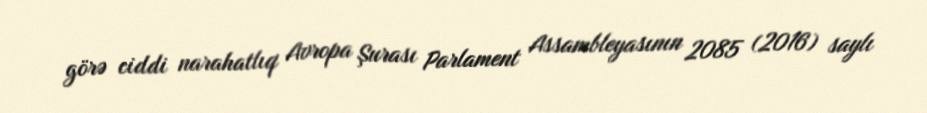
görə ciddi narahatlıq Avropa Şurası Parlament Assambleyasının 2085 (2016) saylı